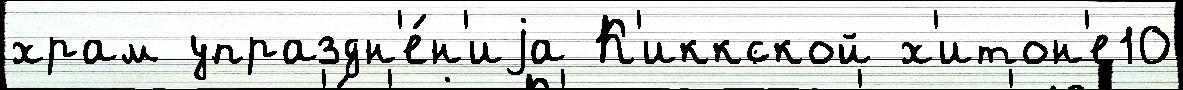
храм упраздн'е́н'иjа К'иккской х'итон'е10